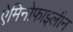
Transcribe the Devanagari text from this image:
ऐमिनोफाइलीन